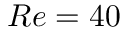
R e = 4 0